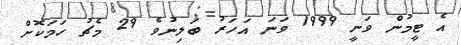
އެ ޓީމުން ވަނީ 1999 ވަނަ އަހަރު ބަލިނުވެ 29 މެޗު ހަމަކޮށް